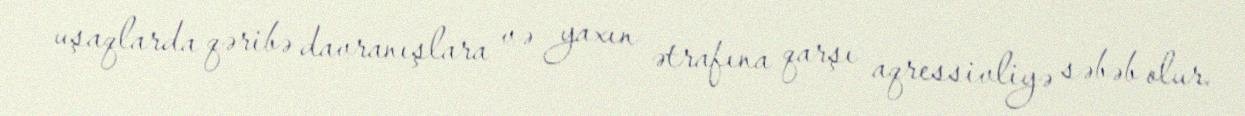
uşaqlarda qəribə davranışlara və yaxın ətrafına qarşı aqressivliyə səbəb olur.